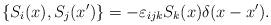
LaTeX: \begin{align*}\{S_i(x), S_j(x')\} = - \varepsilon _{ijk} S_k(x) \delta(x - x').\end{align*}